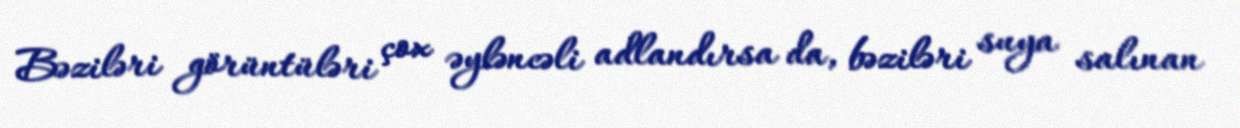
Bəziləri görüntüləri çox əyləncəli adlandırsa da, bəziləri suya salınan